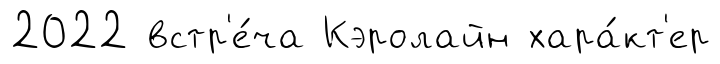
2022 встр'е́ча Кэролайн хара́кт'ер